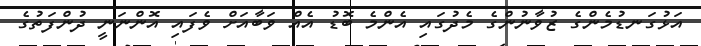
އަޅުގަނޑުމެންގެ ޒުވާނުންގެ މެދުގައި އެންމެ ބޮޑު އެއް ވަބާއަށް ވެފައި އޮންނަނީ ދުންފަތުގެ